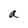
Character: a